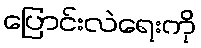
ပြောင်းလဲရေးကို